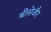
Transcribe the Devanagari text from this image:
बीसेजौर